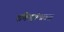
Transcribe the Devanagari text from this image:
मणिमहोत्सवना